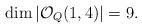
LaTeX: \begin{align*}\dim |{\mathcal O}_{Q}(1,4)|=9.\end{align*}